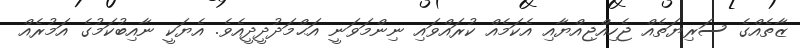
ޒާތެއްގެ ސަރިޔަތެއް ޖެހިއްޖިއްޔާއި އެކަމެއް ކުރައްވައި ނިންމަވަނީ އަޙްމަދުދީދީއެވެ. އެޔަކީ ނާއިބުކަމުގެ އަމުރެއް